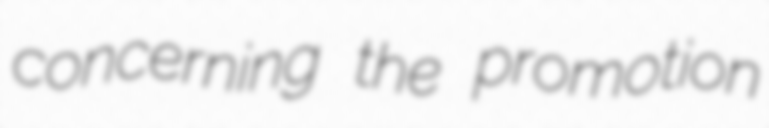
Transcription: concerning the promotion